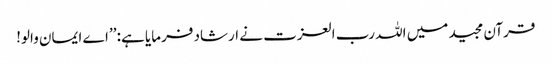
قرآن مجید میں اللہ رب العزت نے ارشاد فرمایا ہے: ’’اے ایمان والو!